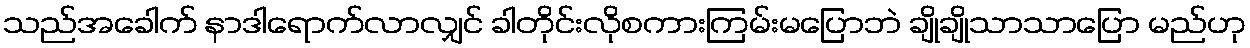
သည်အခေါက် နာဒါရောက်လာလျှင် ခါတိုင်းလိုစကားကြမ်းမပြောဘဲ ချိုချိုသာသာပြော မည်ဟု